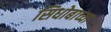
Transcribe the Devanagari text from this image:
सिधोबाच्या